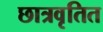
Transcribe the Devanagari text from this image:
छात्रवृतित